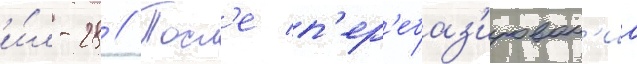
и́л-28 // Посл'е п'ер'ебаз'ирован'иа